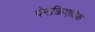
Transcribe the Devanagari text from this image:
पेनक्रिएटिक